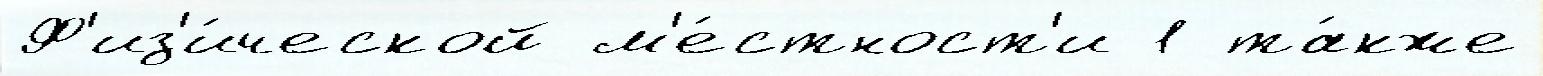
Ф'из'и́ческой м'е́стност'и 1 та́кже